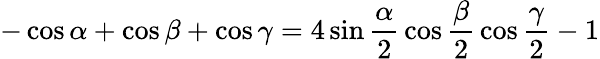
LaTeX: -\cos\alpha+\cos\beta+\cos\gamma=4\sin{\frac{\alpha}{2}}\cos{\frac{\beta}{2}}\cos{\frac{\gamma}{2}}-1